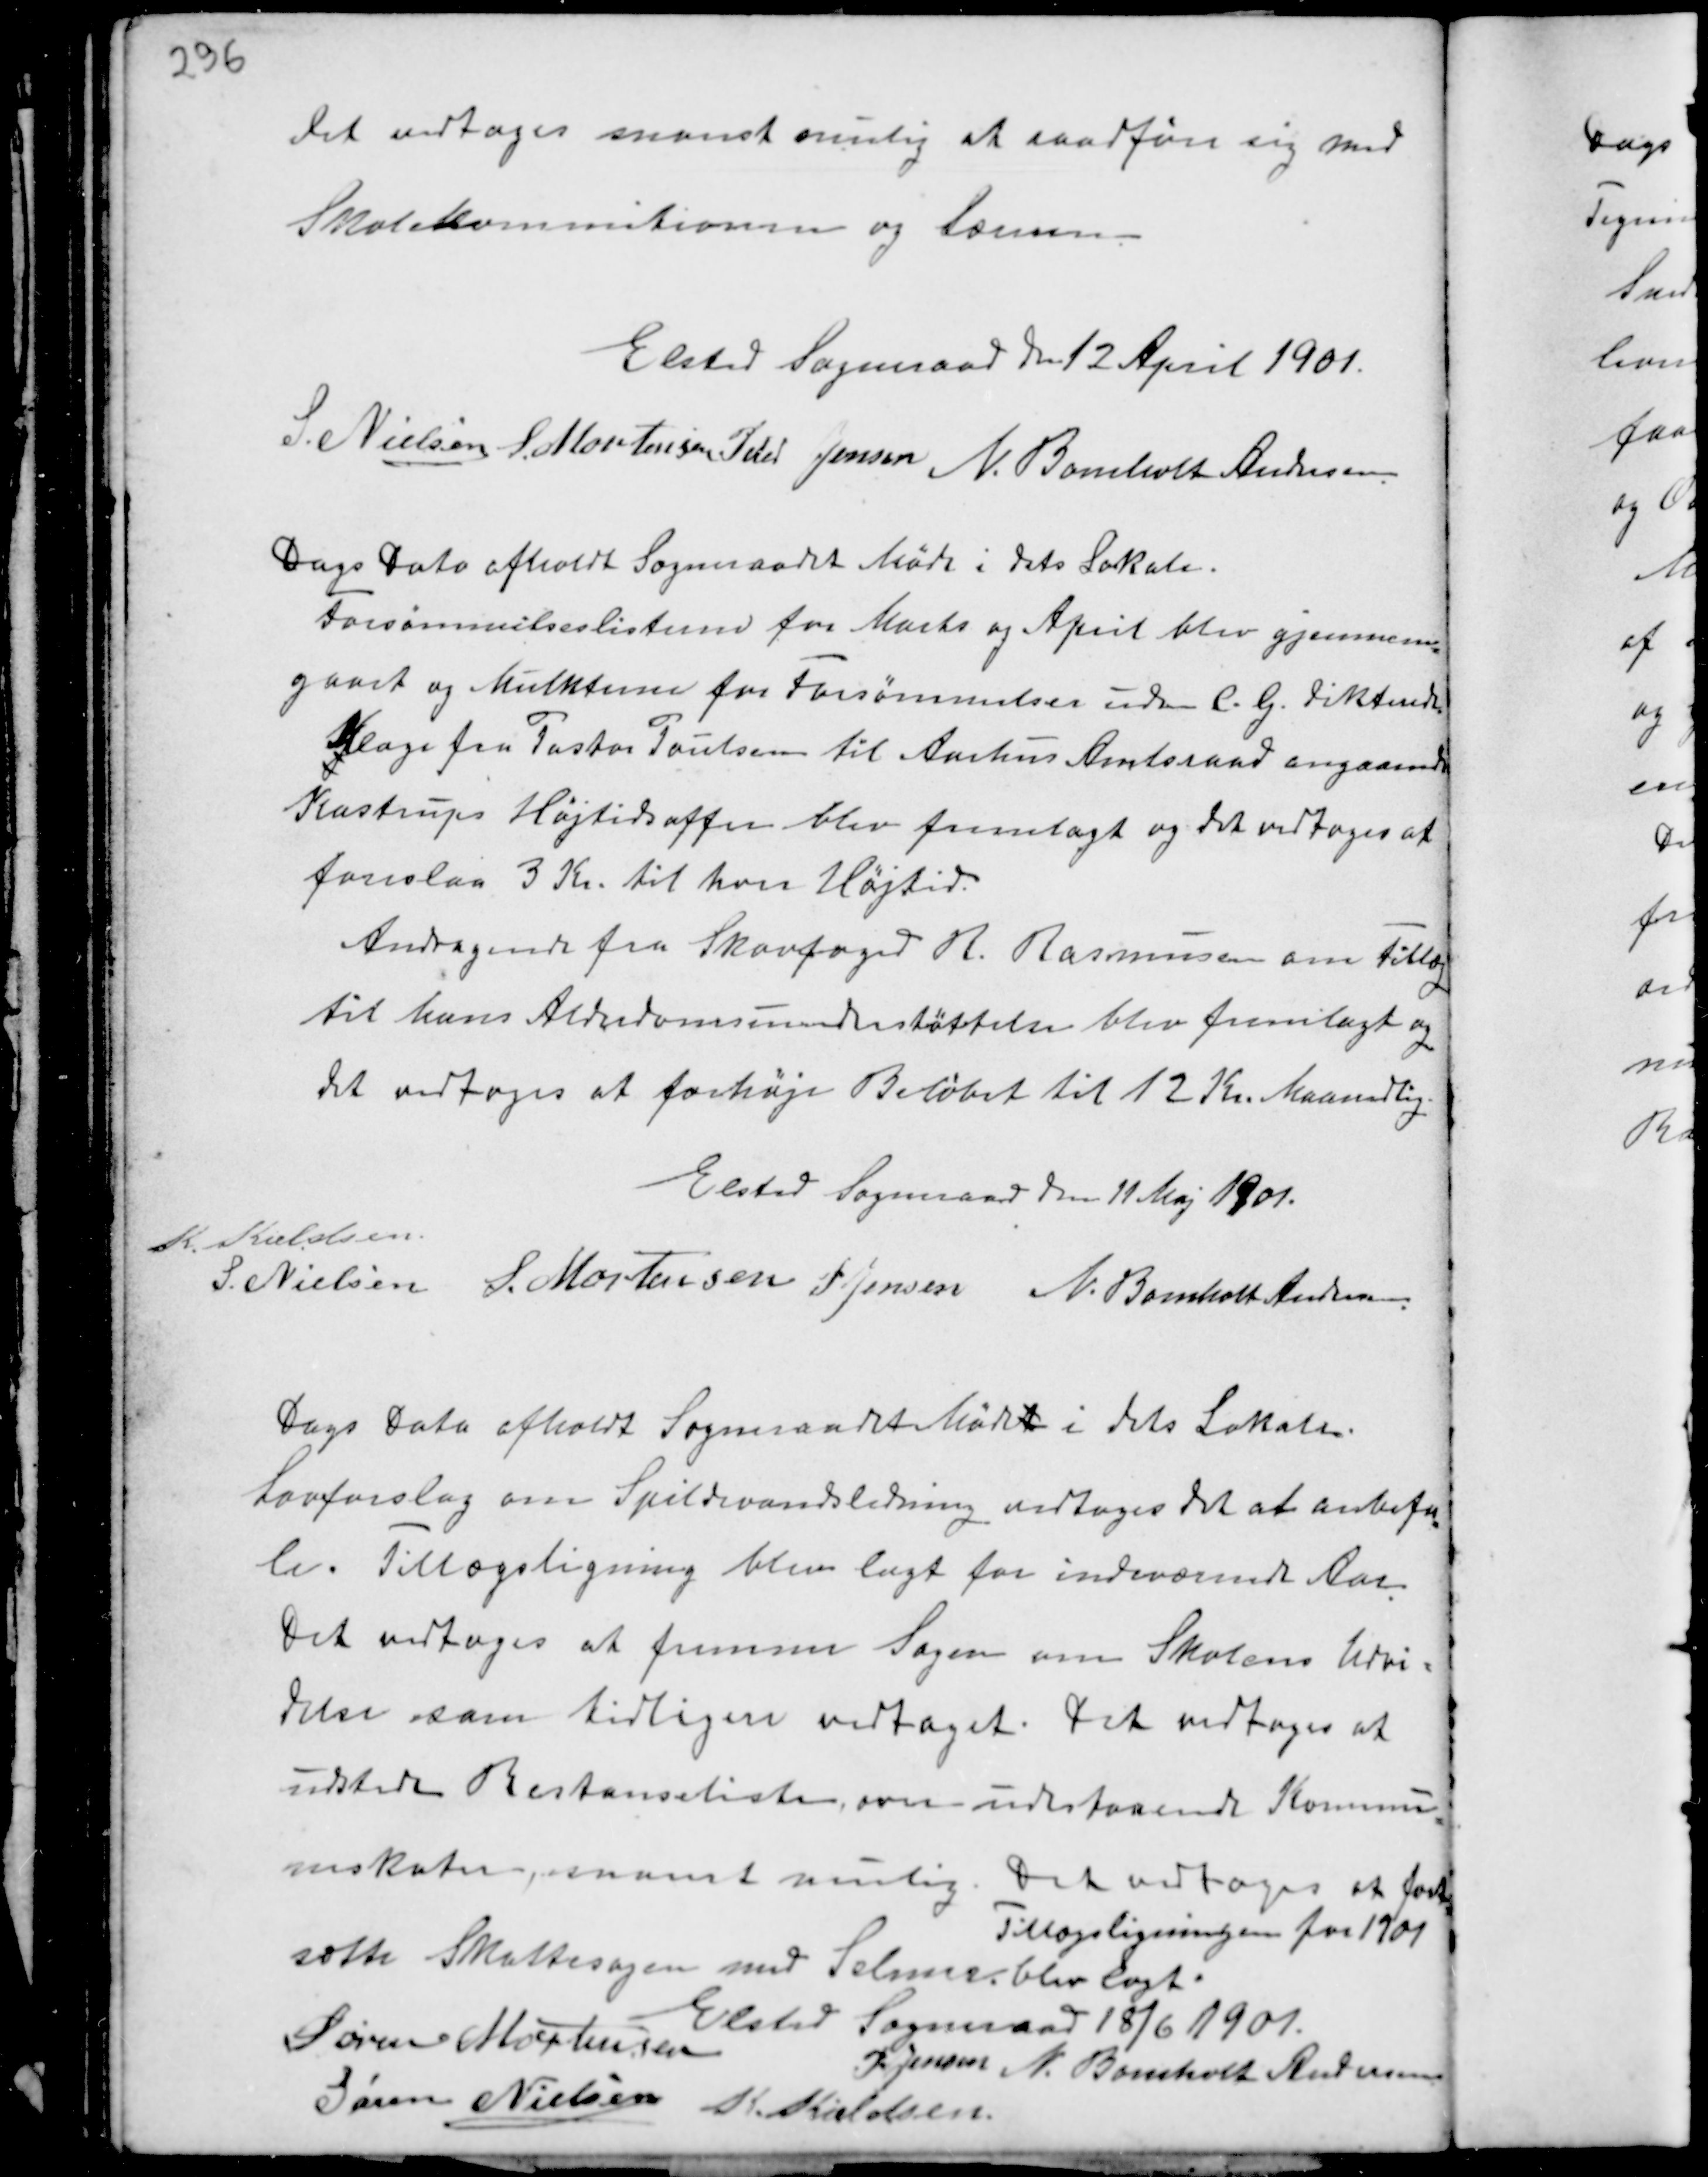
Transskription:
det vedtoges snarest mulig at raadføre sig med
Skolekommitionen og Læreren.

Elsted Sogneraad den 12 April 1901.
S. Nielsen S. Mortensen Peter Jensen N. Bomholt Andersen

Dags Dato afholdt Sogneraadet Møde i dets Lokale.
Forsømmelseslisterne for Marts og April blev gjemmen-
gaaet og Mulkterne for Forsømmelser uden C.G.  dikterede.
Klage fra Pastor Poulsen til Aarhus Amtsraad angaaende
Kastrups Højtidsoffer blev fremlagt og det vedtoges at
foreslaa 3 Kr. til hver Højtid.
Andragende fra Skovfoged R. Rasmussen om Tillæg
til hans Alderdomsunderstøttelse blev fremlagt og
det vedtoges at forhøje Beløbet til 12 Kr. Maanedlig.

Elsted Sogneraad den 11 Maj 1901.
K. Kieldsen
S. Mortensen P Jensen N. Bomholt Andersen.

Dags Dato afholdt Sogneraadet Møde i dets Lokale.
Lovforslag om Spildevandsledning vedtoges det at anbefa-
le. Tillægsligning blev lagt for indeværende Aar.
Det vedtoges at fremme Sagen om Skolens Udvi-
delse som tidligere vedtaget. Det vedtoges at
udstede Restancelister over udestaaende Kommu-
neskater, snarest mulig. Det vedtoges at fort-
sætte Skattesagen med Selmer.
Tillægsligningen for 1901
blev lagt.
Elsted Sogneraad 18/6 1901.
Søren Mortensen
P. Jensen N. Bomholt Andersen
Søren Nielsen K. Kieldsen